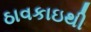
ઠાવકાઇથી